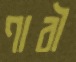
ণাবী